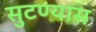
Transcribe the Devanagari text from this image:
सुटण्यास